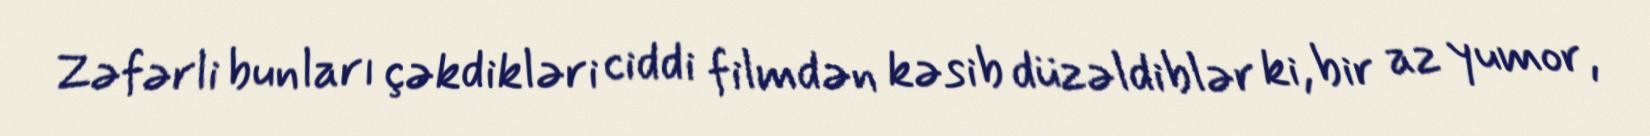
Zəfərli bunları çəkdikləri ciddi filmdən kəsib düzəldiblər ki, bir az yumor,